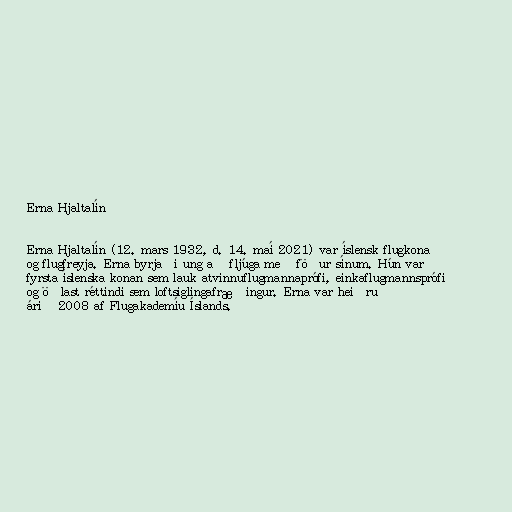
Erna Hjaltalín

Erna Hjaltalín (12. mars 1932, d. 14. maí 2021) var íslensk flugkona
og flugfreyja. Erna byrjaði ung að fljúga með föður sínum. Hún var
fyrsta íslenska konan sem lauk atvinnuflugmannaprófi, einkaflugmannsprófi
og öðlast réttindi sem loftsiglingafræðingur. Erna var heiðruð
árið 2008 af Flugakademíu Íslands.